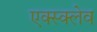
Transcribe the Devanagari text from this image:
एक्स्क्लेव